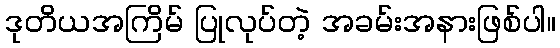
ဒုတိယအကြိမ် ပြုလုပ်တဲ့ အခမ်းအနားဖြစ်ပါ။